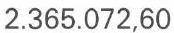
2.365.072,60